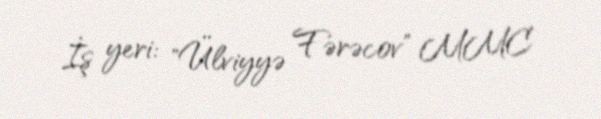
İş yeri: "Ülviyyə Fərəcov" MMC